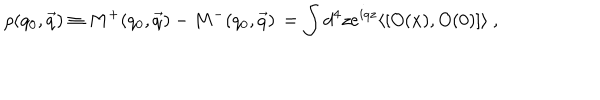
\rho ( q _ { 0 } , \vec { q } ) \equiv M ^ { + } ( q _ { 0 } , \vec { q } ) - M ^ { - } ( q _ { 0 } , \vec { q } ) \nonumber \, = \int d ^ { 4 } z e ^ { i q z } \langle [ O ( x ) , O ( 0 ) ] \rangle ~ ,